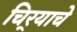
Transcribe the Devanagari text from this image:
चिर्‍याचे